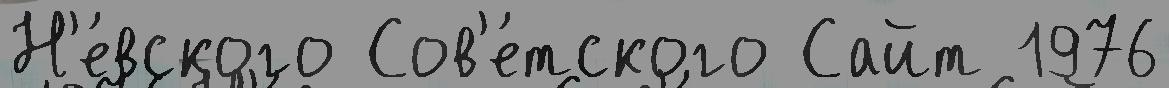
Н'е́вского Сов'е́тского Сайт 1976